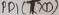
Text: PB1